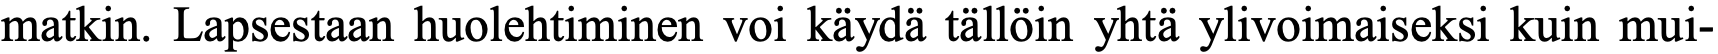
matkin. Lapsestaan huolehtiminen voi käydä tällöin yhtä ylivoimaiseksi kuin mui-